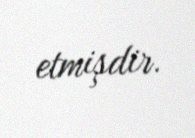
etmişdir.